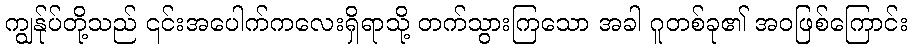
ကျွန်ုပ်တို့သည် ၎င်းအပေါက်ကလေးရှိရာသို့ တက်သွားကြသော အခါ ဂူတစ်ခု၏ အဝဖြစ်ကြောင်း